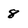
Character: 8